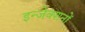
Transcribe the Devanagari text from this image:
इन्जेक्शनों